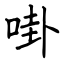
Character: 啩